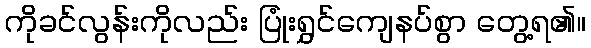
ကိုခင်လွန်းကိုလည်း ပြုံးရွှင်ကျေနပ်စွာ တွေ့ရ၏။